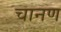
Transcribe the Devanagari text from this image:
चानण